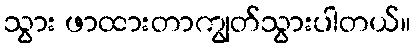
သွား ဖာထားတာကျွတ်သွားပါတယ်။